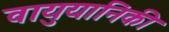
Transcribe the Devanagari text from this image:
वायुयानिकी